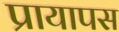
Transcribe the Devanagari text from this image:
प्रायापस